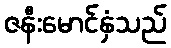
ဇနီးမောင်နှံသည်